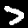
Digit: 7